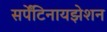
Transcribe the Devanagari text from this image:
सर्पेंटिनायझेशन